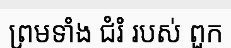
ព្រមទាំង ជំរំ របស់ ពួក